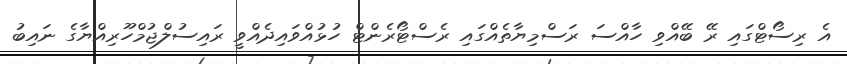
އެ ރިސޯޓްގައި ރޭ ބޭއްވި ހާއްސަ ރަސްމިޔާތެއްގައި ރެސްޓޯރެންޓް ހުޅުއްވައިދެއްވީ ރައިސުލްޖުމްހޫރިއްޔާގެ ނައިބު